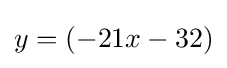
y=(-21x-32)